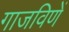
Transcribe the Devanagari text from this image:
गाजविणें